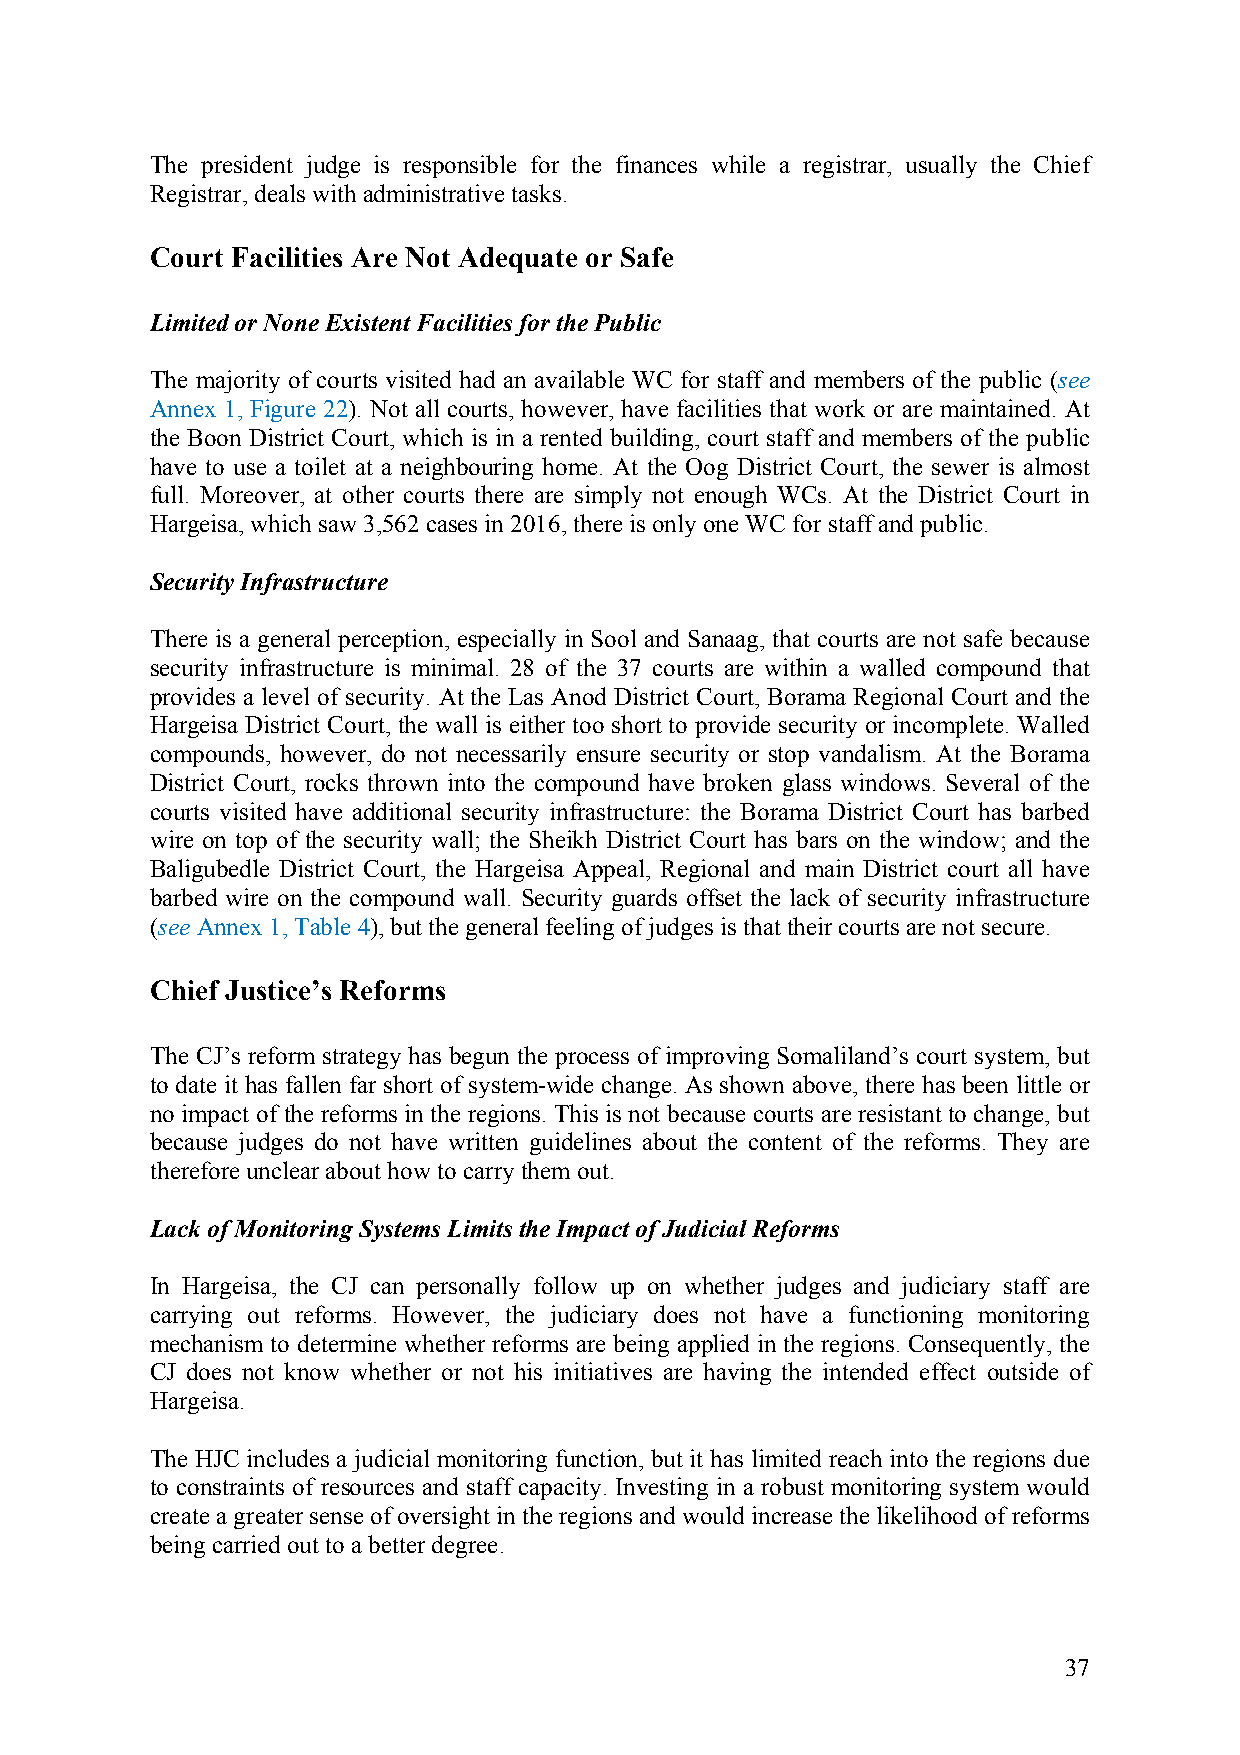
The president judge is responsible for the finances while a registrar, usually the Chief
 Registrar, deals with administrative tasks.
 Court Facilities Are Not Adequate or Safe
 Limited or None Existent Facilities for the Public
 The majority of courts visited had an available WC for staff and members of the public (see
 Annex 1, Figure 22). Not all courts, however, have facilities that work or are maintained. At
 the Boon District Court, which is in a rented building, court staff and members of the public
 have to use a toilet at a neighbouring home. At the Oog District Court, the sewer is almost
 full. Moreover, at other courts there are simply not enough WCs. At the District Court in
 Hargeisa, which saw 3,562 cases in 2016, there is only one WC for staff and public.
 Security Infrastructure
 There is a general perception, especially in Sool and Sanaag, that courts are not safe because
 security infrastructure is minimal. 28 of the 37 courts are within a walled compound that
 provides a level of security. At the Las Anod District Court, Borama Regional Court and the
 Hargeisa District Court, the wall is either too short to provide security or incomplete. Walled
 compounds, however, do not necessarily ensure security or stop vandalism. At the Borama
 District Court, rocks thrown into the compound have broken glass windows. Several of the
 courts visited have additional security infrastructure: the Borama District Court has barbed
 wire on top of the security wall; the Sheikh District Court has bars on the window; and the
 Baligubedle District Court, the Hargeisa Appeal, Regional and main District court all have
 barbed wire on the compound wall. Security guards offset the lack of security infrastructure
 (see Annex 1, Table 4), but the general feeling of judges is that their courts are not secure.
 Chief Justice’s Reforms
 The CJ’s reform strategy has begun the process of improving Somaliland’s court system, but
 to date it has fallen far short of system-wide change. As shown above, there has been little or
 no impact of the reforms in the regions. This is not because courts are resistant to change, but
 because judges do not have written guidelines about the content of the reforms. They are
 therefore unclear about how to carry them out.
 Lack of Monitoring Systems Limits the Impact of Judicial Reforms
 In Hargeisa, the CJ can personally follow up on whether judges and judiciary staff are
 carrying out reforms. However, the judiciary does not have a functioning monitoring
 mechanism to determine whether reforms are being applied in the regions. Consequently, the
 CJ does not know whether or not his initiatives are having the intended effect outside of
 Hargeisa.
 The HJC includes a judicial monitoring function, but it has limited reach into the regions due
 to constraints of resources and staff capacity. Investing in a robust monitoring system would
 create a greater sense of oversight in the regions and would increase the likelihood of reforms
 being carried out to a better degree.
 37